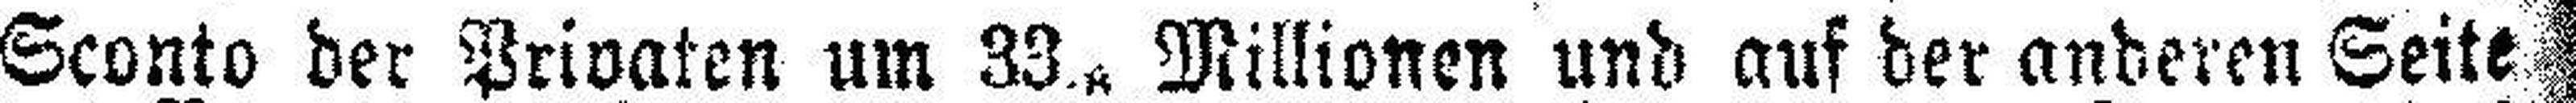
Sconto der Privaten um 33. Millionen und auf der anderen Seite